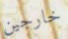
خارجين